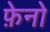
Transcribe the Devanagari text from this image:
फ़ेनो